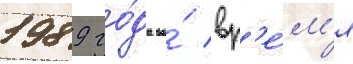
1989 го́да во́ вр'е́м'я